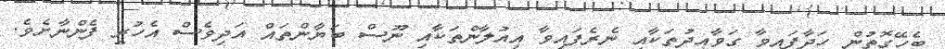
ބެހޭގޮތުން ހަދާފައިވާ ގަވާއިދުތަކާއި ނެރެފައިވާ އިއުލާންތަކާއި ނޫސް ބަޔާންތައް އަދިވެސް އެހުރީ ފެންނާށެވެ.